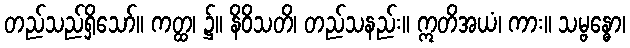
တည်သည်ရှိသော်။ ကတ္ထ၊ ၌။ နိဝိသတိ၊ တည်သနည်း။ ဣတိအယံ၊ ကား။ သမ္ဗန္ဓော၊